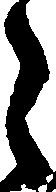
之